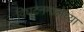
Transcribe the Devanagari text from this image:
विघटनमालेच्या